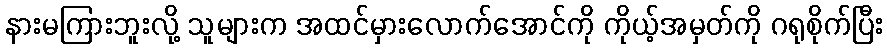
နားမကြားဘူးလို့ သူများက အထင်မှားလောက်အောင်ကို ကိုယ့်အမှတ်ကို ဂရုစိုက်ပြီး